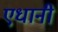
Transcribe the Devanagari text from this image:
एधानी